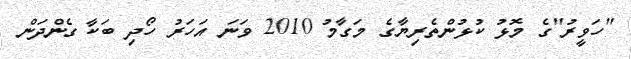
"ހަވީރު"ގެ މޮޅު ކުޅުންތެރިޔާގެ މަގާމު 2010 ވަނަ އަހަރު ހޯދި ބަކާ ގެންދަން